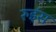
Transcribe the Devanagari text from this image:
रुइंस